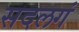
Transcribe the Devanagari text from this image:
सदलगं